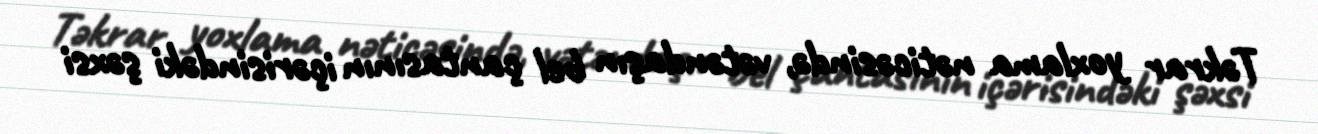
Təkrar yoxlama nəticəsində, vətəndaşın bel çantasının içərisindəki şəxsi